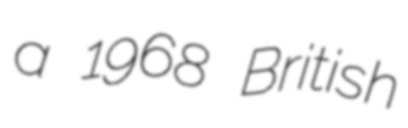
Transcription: a 1968 British